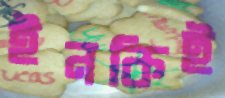
ইনকিই